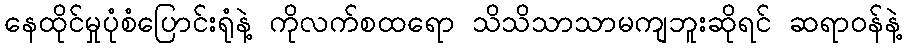
နေထိုင်မှုပုံစံပြောင်းရုံနဲ့ ကိုလက်စထရော သိသိသာသာမကျဘူးဆိုရင် ဆရာဝန်နဲ့